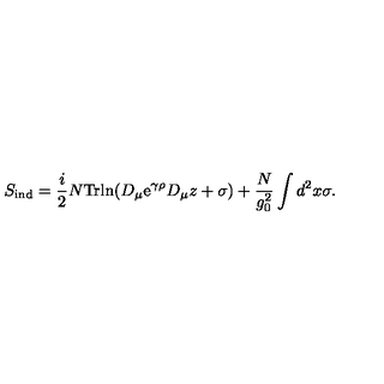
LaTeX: S _ { \mathrm { i n d } } = { \frac { i } { 2 } } N \mathrm { T r l n } ( D _ { \mu } \mathrm { e } ^ { \gamma \rho } D _ { \mu } z + \sigma ) + { \frac { N } { g _ { 0 } ^ { 2 } } } \int d ^ { 2 } x \sigma .